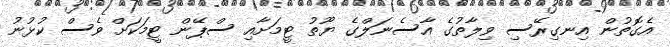
އެގޮތުން އިނގިރޭސި ވިލާތުގެ އާސެނަލްގެ ޔޫތު ޓީމަށާއި ސްޕޭން ޓީމަކަށް ވެސް ކުޅުނު